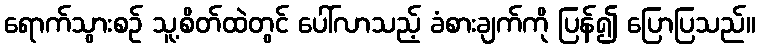
ရောက်သွားစဉ် သူ့စိတ်ထဲတွင် ပေါ်လာသည့် ခံစားချက်ကို ပြန်၍ ပြောပြသည်။